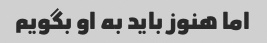
اما هنوز باید به او بگویم